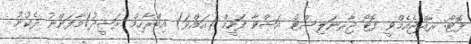
ފޮޓޯ: ރާއްޖެއެމްވީ ފޮޓޯ ޖާރނަލިސްޓް އަޝްވާ ފަހީމް (އައްވަ) އިބްރާހިމް ރަޝީދު/މާފަންނު ދެކުނު